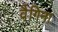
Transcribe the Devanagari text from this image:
वैगिना